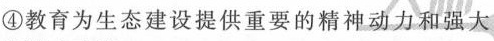
④教育为生态建设提供重要的精神动力和强大